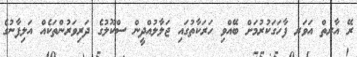
ރޭ އާރތް އަވަރ ފާހަގަކުރުމަށް ބޭއްވި ހަރަކާތުގައި ޖަލާލުއްދީން ސްކޫލުގެ ދަރިވަރުންތަކެއް އަލިފާނުގެ